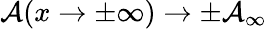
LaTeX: \mathcal{A}(x\rightarrow\pm\infty)\rightarrow\pm\mathcal{A}_{\infty}